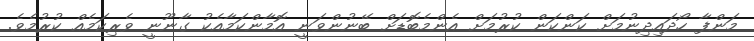
މަންފާ ހޯދައިދިނުމަށް ކަންކަން ކުރުމަށް އެންމެބޮޑަށް ބޭނުންވަނީ އޮމާންކަމާއެކު ގާނޫނީ ވެރިކަމެއް ކުރުމެވެ.